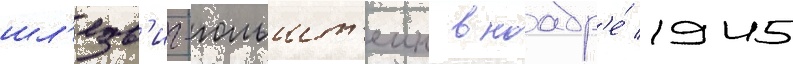
шл'езв'иг-гольшт'еин в ноабр'е́ 1945